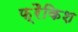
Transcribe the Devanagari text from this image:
फ़्रैकिश